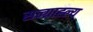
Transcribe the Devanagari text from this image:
सन्ग्राह्ल्य